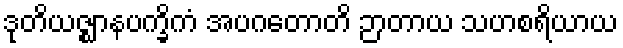
ဒုတိယဇ္ဈာနပက္ခိကံ အပဂတောတိ ဉာတာယ သဟစရိယာယ